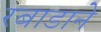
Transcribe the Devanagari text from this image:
रबाडाने